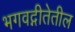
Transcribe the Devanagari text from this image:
भगवद्गीतेतील